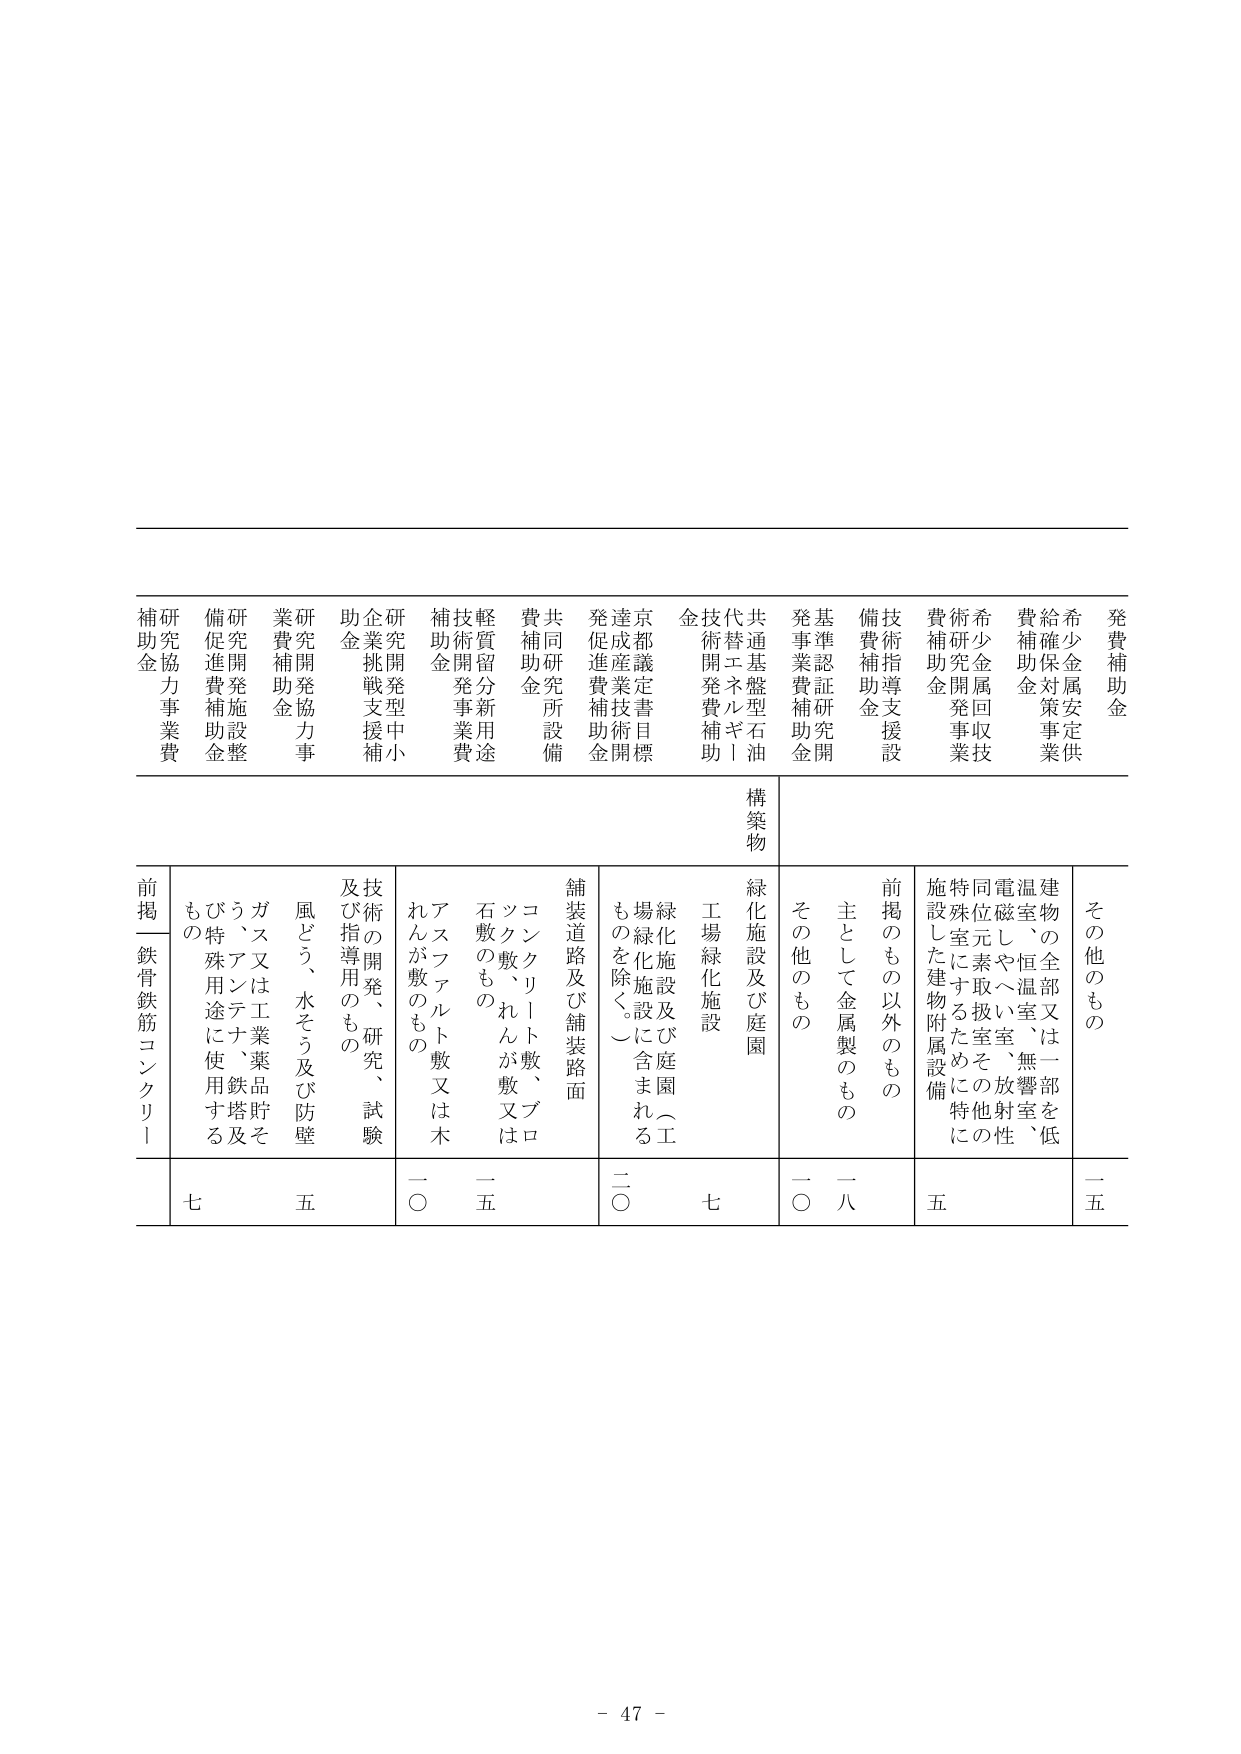
発費補助金
希少金属対策事業
給付金
希少金属回収技術研究開発費
技術指導支援費補助金
備費補助金
基準認証研究開発事業費補助金
代替エネルギー技術開発補助金
京都市定業技術開発促進費補助金
共同研究所設備費補助金
軽質留分新用途技術開発事業費補助金
研究開発型中小企業挑戦支援補助金
研究開発協力事業費補助金
研究開発施設整備促進費補助金
研究協力事業費補助金

構築物

その他のもの
建物の全部又は一部を低温室、恒温室、無響室、電磁しゃへい室、放射性同位元素取扱室その他の特殊室にするために特に施設した建物附属設備
前掲のもの以外のもの
主として金属製のもの
その他のもの
緑化施設及び庭園
工場緑化施設
緑化施設及び庭園（工場緑化施設に含まれるものを除く。）
舗装道路及び舗装路面
コンクリート敷、ブロック敷、れんが敷又は石敷のもの
アスファルト敷又は木れんが敷のもの
技術の開発、研究、試験及び指導用のもの
風どう、水そう及び防壁
ガス又は工業薬品貯ぞう、アンテナ、鉄塔及び特殊用途に使用するもの
前掲—鉄骨鉄筋コンクリート

一五
五
一八
一〇
七
二〇
一五
一〇
五
七

- 47 -